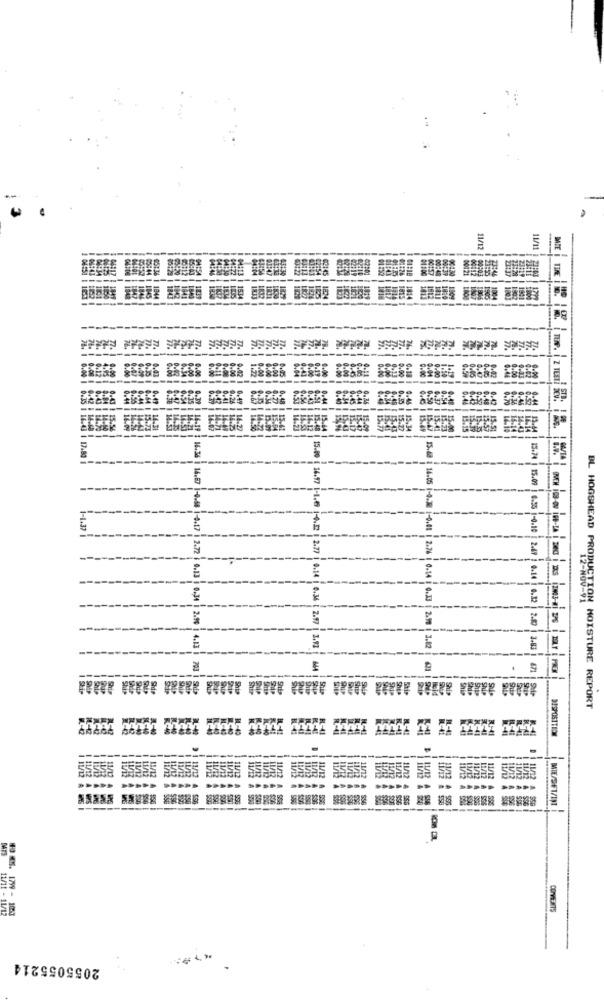
11/1
-----
-----------
17.80
1-1+37
15.74 | 15.09 | 0.55 1-0.10
0.14
0.32
12-NOV-91
16.87 1-0.68 1-0.17 | 2.72 ; 0.13 : 0.34 | 2.9% | 4.13
15.80 | 16.17 1-1.69 1-4.32 | 2.77 0.14 | 0.36 [ 2.97 | 3.13
15.88 14.05 1-0.30 1-0.08 | 2.76 | 0.14 | 0.33 2.99 | 3.82
3.83
703
E
671
BL HOGSHEAD PRODUCTION MOISTURE REPORT
DISPOSITION BREFSHET/INT
11/1t - 11/12
1 6. 1799 - 18:33
COMMENTS
2055055214